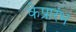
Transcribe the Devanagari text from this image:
केप्रारंभ